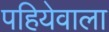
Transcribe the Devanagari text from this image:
पहियेवाला